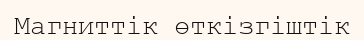
Магниттік өткізгіштік